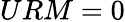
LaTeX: URM=0